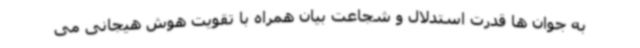
به جوان ها قدرت استدلال و شجاعت بیان همراه با تقویت هوش هیجانی می